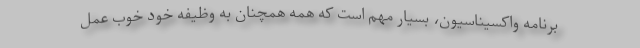
برنامه واکسیناسیون، بسیار مهم است که همه همچنان به وظیفه خود خوب عمل